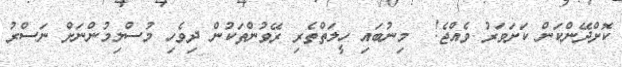
ކޮށްދޭންކަން ކަށަވަރު ވެއްޖެ!  މިނުބައި ހީލަތްތެރި ރޭވުންތަކުން ދިވެހި މުސްލިމުންނަށް ނަސްރު